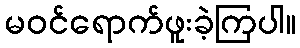
မဝင်ရောက်ဖူးခဲ့ကြပါ။